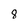
Character: 8